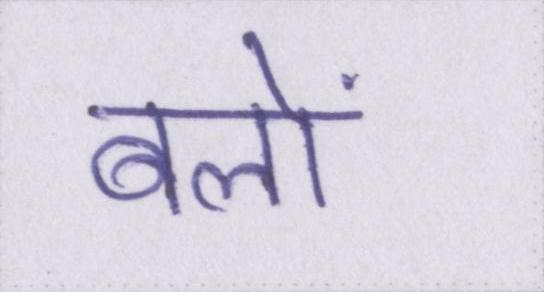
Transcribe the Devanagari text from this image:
बलों